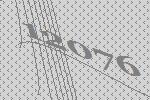
12076